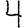
Digit: 4